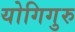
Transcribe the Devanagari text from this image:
योगिगुरु